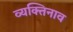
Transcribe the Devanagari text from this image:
व्यक्तिनाव